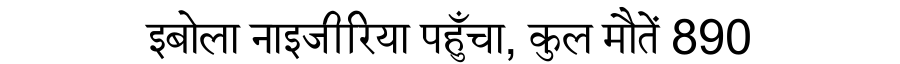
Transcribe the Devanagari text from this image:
इबोला नाइजीरिया पहुँचा, कुल मौतें 890